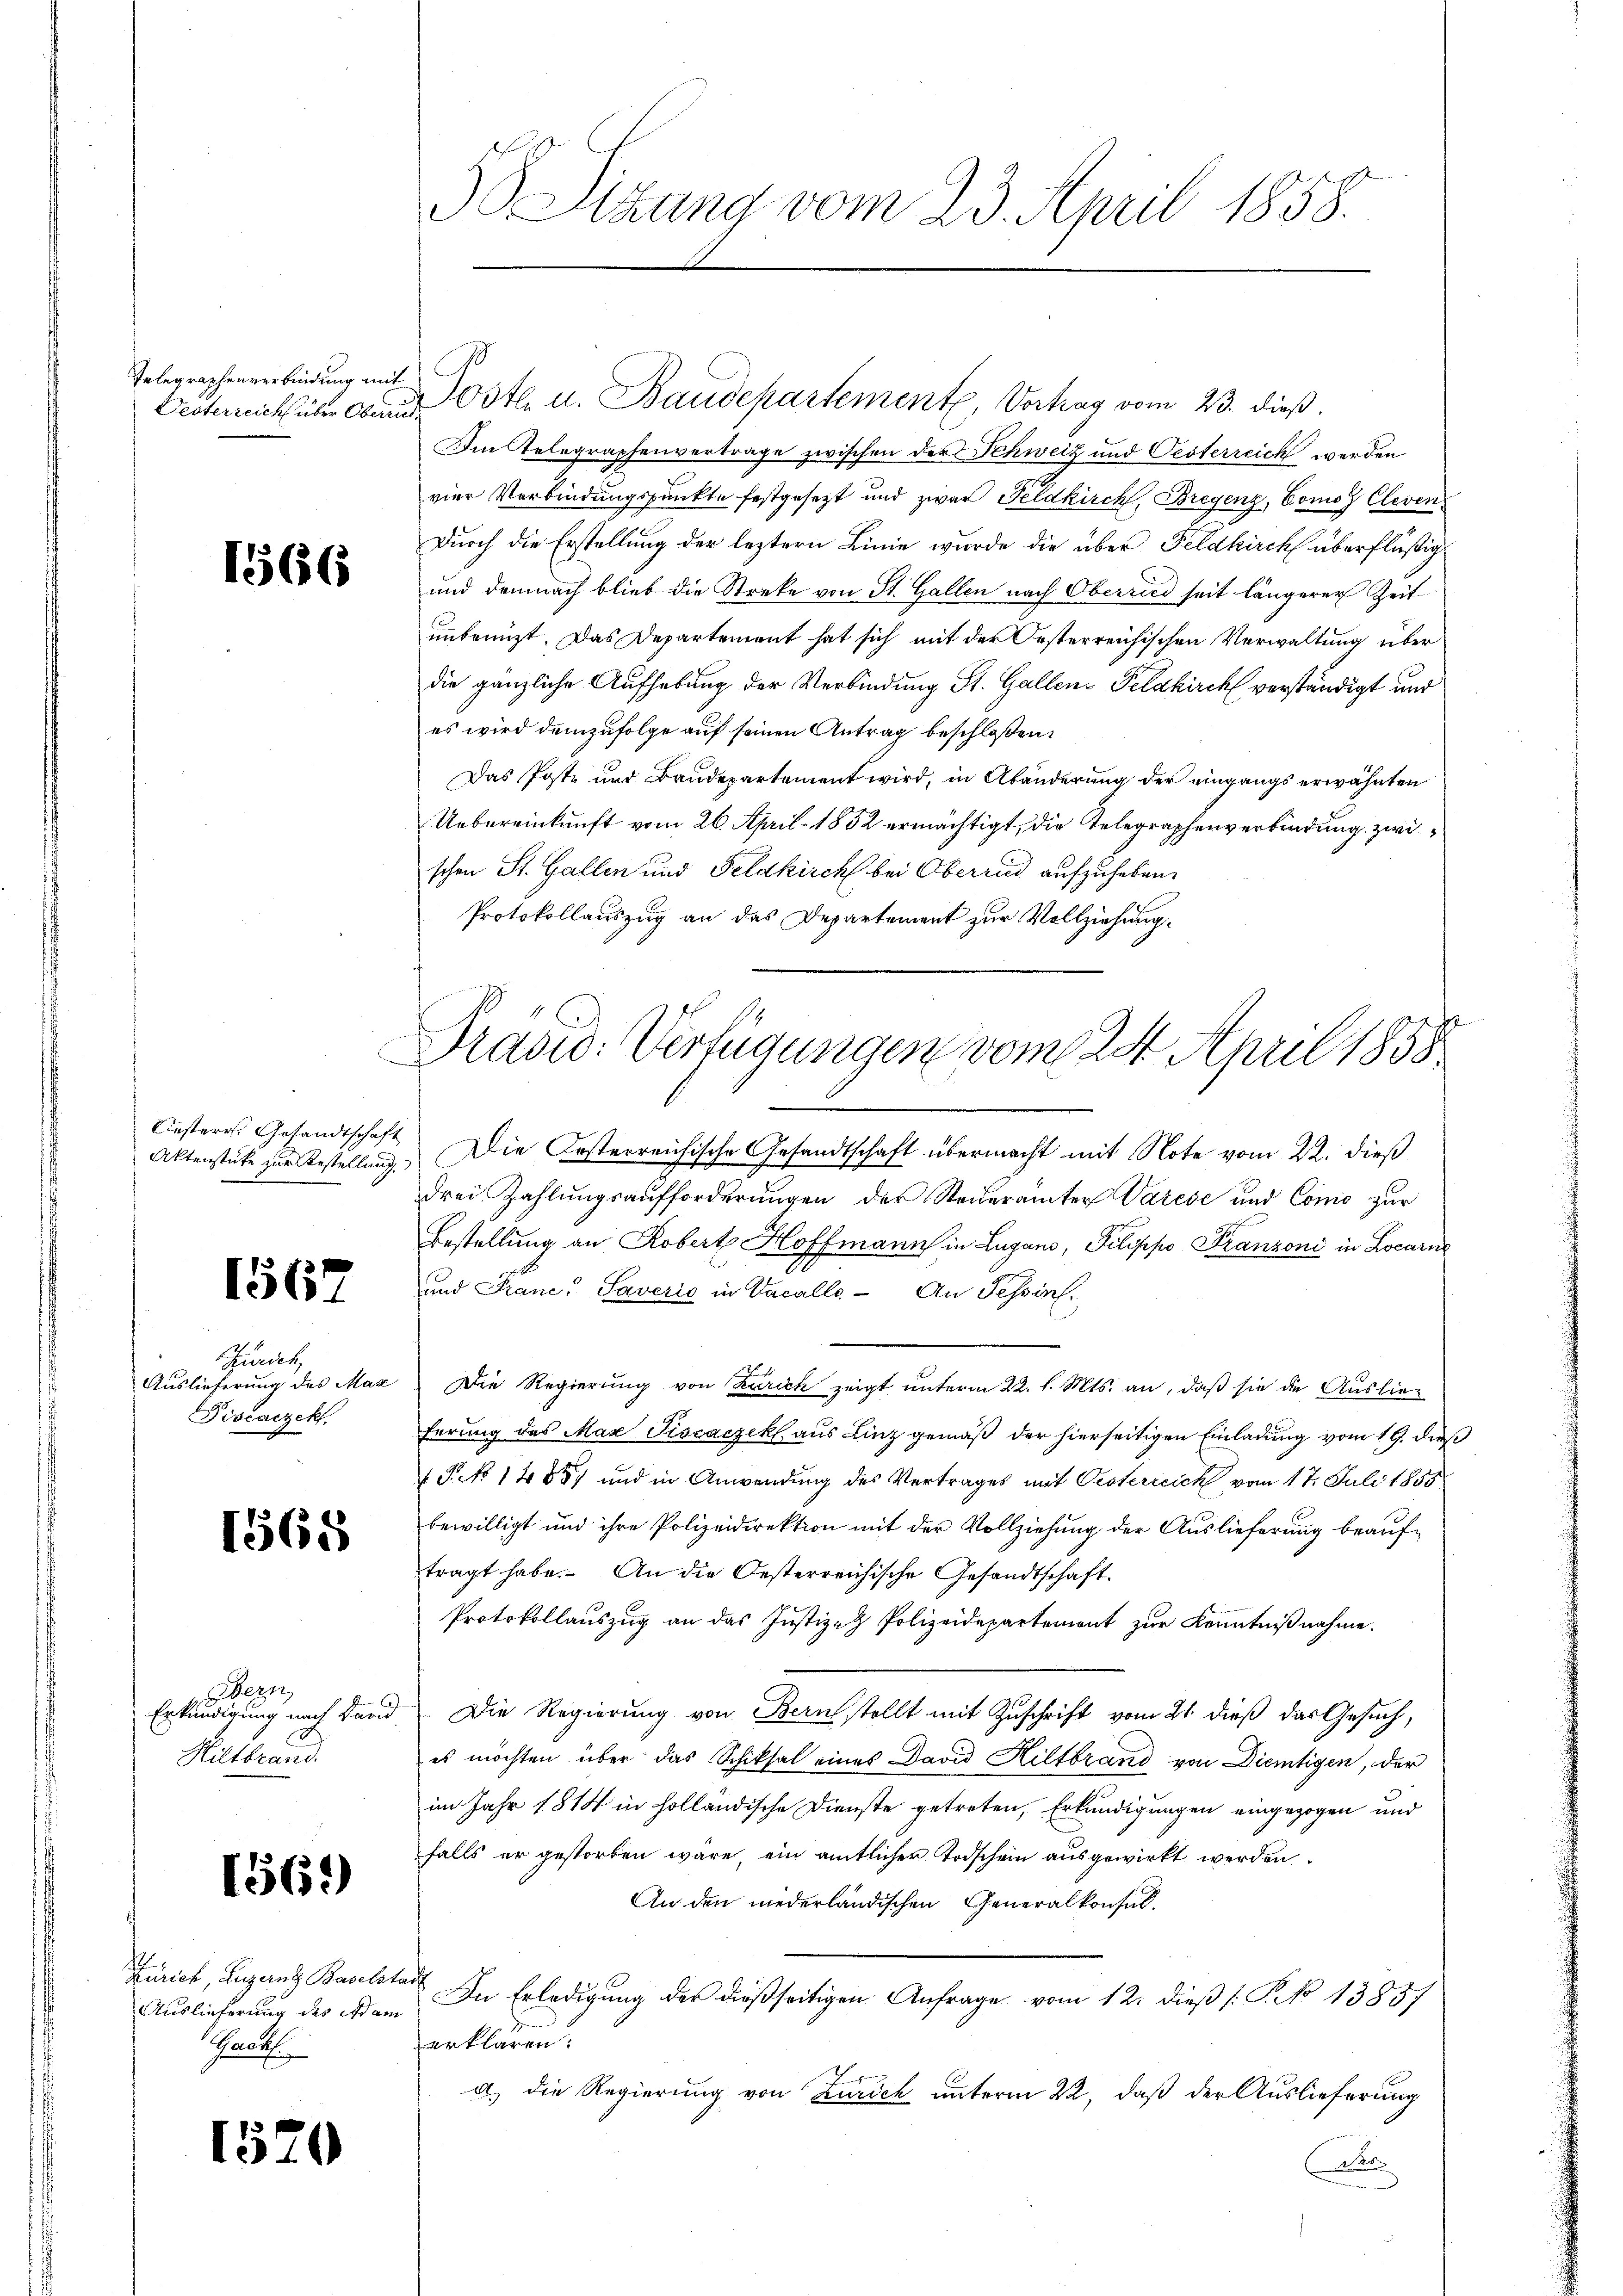
Telegraphenverbindung mit

166

Oesterr. Gesandtschaft

1567

Swisch
Auslieferung des Max
Piseaczek

1568

Bern,
Erkundigung nach daru
Hiltbrand.

1569)

Zürich, Luzern Baselst
Auslieferung des Adam
Grath

1520

Sizung vom 23. April 1858.

Im Telegraphenvertrage zwischen der Schweiz und Oesterreich werden
vier Verbindungspunkte festgesezt und zwar Feldkirch, Bregenz, Comoz Cleven
Durch die Erstellung der leztern Linie wurde die über Feldkirch überflüßig
und demnach blieb die Streke von St. Gallen nach Oberried seit längerer Zeit
unbenuzt. Das Departement hat sich mit der Oesterreichischen Verwaltung über
die gänzliche Aufhebung der Verbindung St. Gallen Feldkirch verständigt und
es wird demzufolge auf seinen Antrag beschloßen:
Das Poste und Baudepartement wird, in Abänderung der eingangs erwähnten
Uebereinkunft vom 26. April 1882 ermächtigt, die Telegraphenverbindung zwi
schen St. Gallen und Feldkirch bei Oberried aufzuheben.
Protokollauszug an das Departement zur Vollziehung.

Desterreich über den Oster u. Baudepartement, Vortrag vom 23. dieß.

Drädid: Verfügungen vom 24. April 1858

Aktenstücke zur Bestellung. Die Kosterreichische Gesandtschaft übermacht mit Note vom 22. dieß
drei Zahlungsaufforderungen der Steŭerämter Varese und Conić zur
Bestellung an Robert Hoffmann in Lugano, Pilippo Franzoni in Locarn
und Franc" Saverić in Vacalle. An Tessin.
Die Regierung von Zürich zeigt unterm 22. d. Mts. an, daß sie die Auslieferung des Max Piscaczek aus Linz gemäß der hierseitigen Einladung vom 19. dieß
PNo 14557 und in Anwendung des Vertrages mit Oesterreich vom 17. Juli 1858
bewilligt und ihre Polizeidirektion mit der Vollziehung der Auslieferung beauftragt habe. An die Oesterreichische Gesandtschaft.
Protokollauszug an das Justiz- & Polizeidepartement zur Kenntnißnahme.
Die Regierung von Bern stellt mit Zuschrift vom 21. dieß das Gesuch,
es möchten über das Schiksal eines David Hiltbrand von Diemtigen, der
im Jahr 1814 in holländische Dienste getreten, Erkundigungen eingezogen und
falls er gestorben wäre, ein amtlicher Todschein ausgewirkt werden
An den niederländischen Generalkonsulach
In Erledigung der dießseitigen Anfrage vom 12. dieß (: P. No 13857
erklären.
a) die Regierung von Zürich unterm 22, daß der Auslieferung
Ma